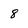
Character: 8